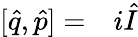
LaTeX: \begin{array}{rl}{[\hat{q},\hat{p}]=}&{{}i\hat{I}}\end{array}